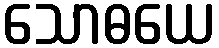
သောဓယေ